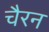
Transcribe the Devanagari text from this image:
चैरन